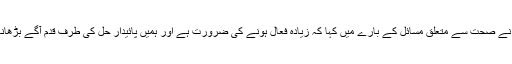
انہوں نے صحت سے متعلق مسائل کے بارے میں کہا کہ زیادہ فعال ہونے کی ضرورت ہے اور ہمیں پائیدار حل کی طرف قدم آگے بڑھانا ہوگا۔